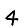
Digit: 4